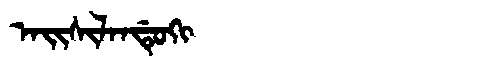
Manchu: ᠠᡳᠰᡳᠯᠠᠨᡩᡠᡴᡳ
Romanization: AISILANDUKI